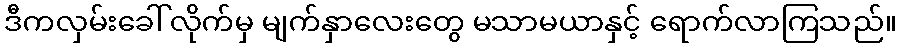
ဒီကလှမ်းခေါ်လိုက်မှ မျက်နှာလေးတွေ မသာမယာနှင့် ရောက်လာကြသည်။